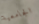
الجامعية